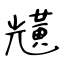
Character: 黋